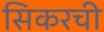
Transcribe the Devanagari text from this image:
सिकरची